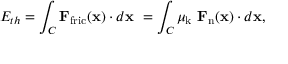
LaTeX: E _ { t h } = \int _ { C } \mathbf { F } _ { \mathrm { f r i c } } ( \mathbf { x } ) \cdot d \mathbf { x } \ = \int _ { C } \mu _ { \mathrm { k } } \ \mathbf { F } _ { \mathrm { n } } ( \mathbf { x } ) \cdot d \mathbf { x } ,